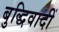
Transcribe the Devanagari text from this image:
बुद्धिवादीं